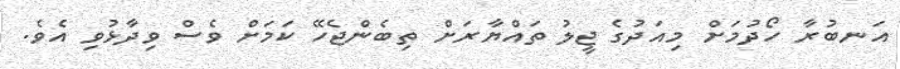
އަނބުރާ ހޯދުމަށް މިއަދުގެ ޖީލު ތައްޔާރަށް ތިބެންޖެހޭ ކަމަށް ވެސް ވިދާޅުވި އެވެ.